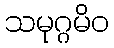
သမုဂ္ဂမိဝ